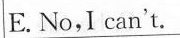
E. No,I can't.